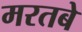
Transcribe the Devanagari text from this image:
मरतबे